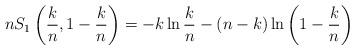
LaTeX: \begin{align*}nS_{1}\left( \frac{k}{n},1-\frac{k}{n}\right) =-k\ln\frac{k}{n}-\left(n-k\right) \ln\left( 1-\frac{k}{n}\right) \end{align*}